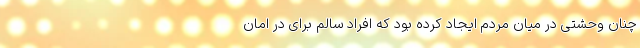
چنان وحشتی در میان مردم ایجاد کرده بود که افراد سالم برای در امان